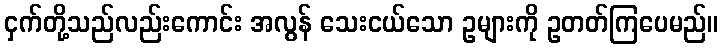
ငှက်တို့သည်လည်းကောင်း အလွန် သေးငယ်သော ဥများကို ဥတတ်ကြပေမည်။